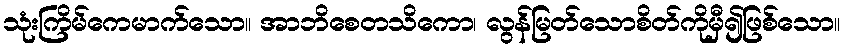
သုံးကြိမ်ကေမာက်သော။ အာဘိစေတသိကော၊ လွန်မြတ်သောစိတ်ကိုမှီ၍ဖြစ်သော။